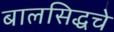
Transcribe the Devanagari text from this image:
बालसिद्धचे